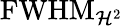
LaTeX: \mathrm{FWHM_{\mathcal{H}^{2}}}